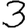
Digit: 3